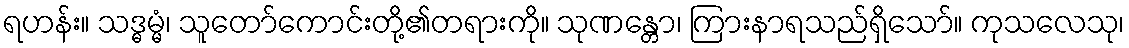
ရဟန်း။ သဒ္ဓမ္မံ၊ သူတော်ကောင်းတို့၏တရားကို။ သုဏန္တော၊ ကြားနာရသည်ရှိသော်။ ကုသလေသု၊